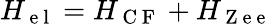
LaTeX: H_{\mathrm{~e~l~}}=H_{\mathrm{~C~F~}}+H_{\mathrm{~Z~e~e~}}